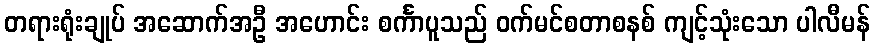
တရားရုံးချုပ် အဆောက်အဦ အဟောင်း စင်္ကာပူသည် ဝက်မင်စတာစနစ် ကျင့်သုံးသော ပါလီမန်